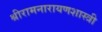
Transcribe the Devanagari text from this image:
श्रीरामनारायणशास्त्री